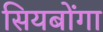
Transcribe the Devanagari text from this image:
सियबोंगा